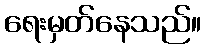
ရေးမှတ်နေသည်။